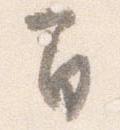
間